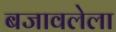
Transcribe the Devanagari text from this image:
बजावलेला